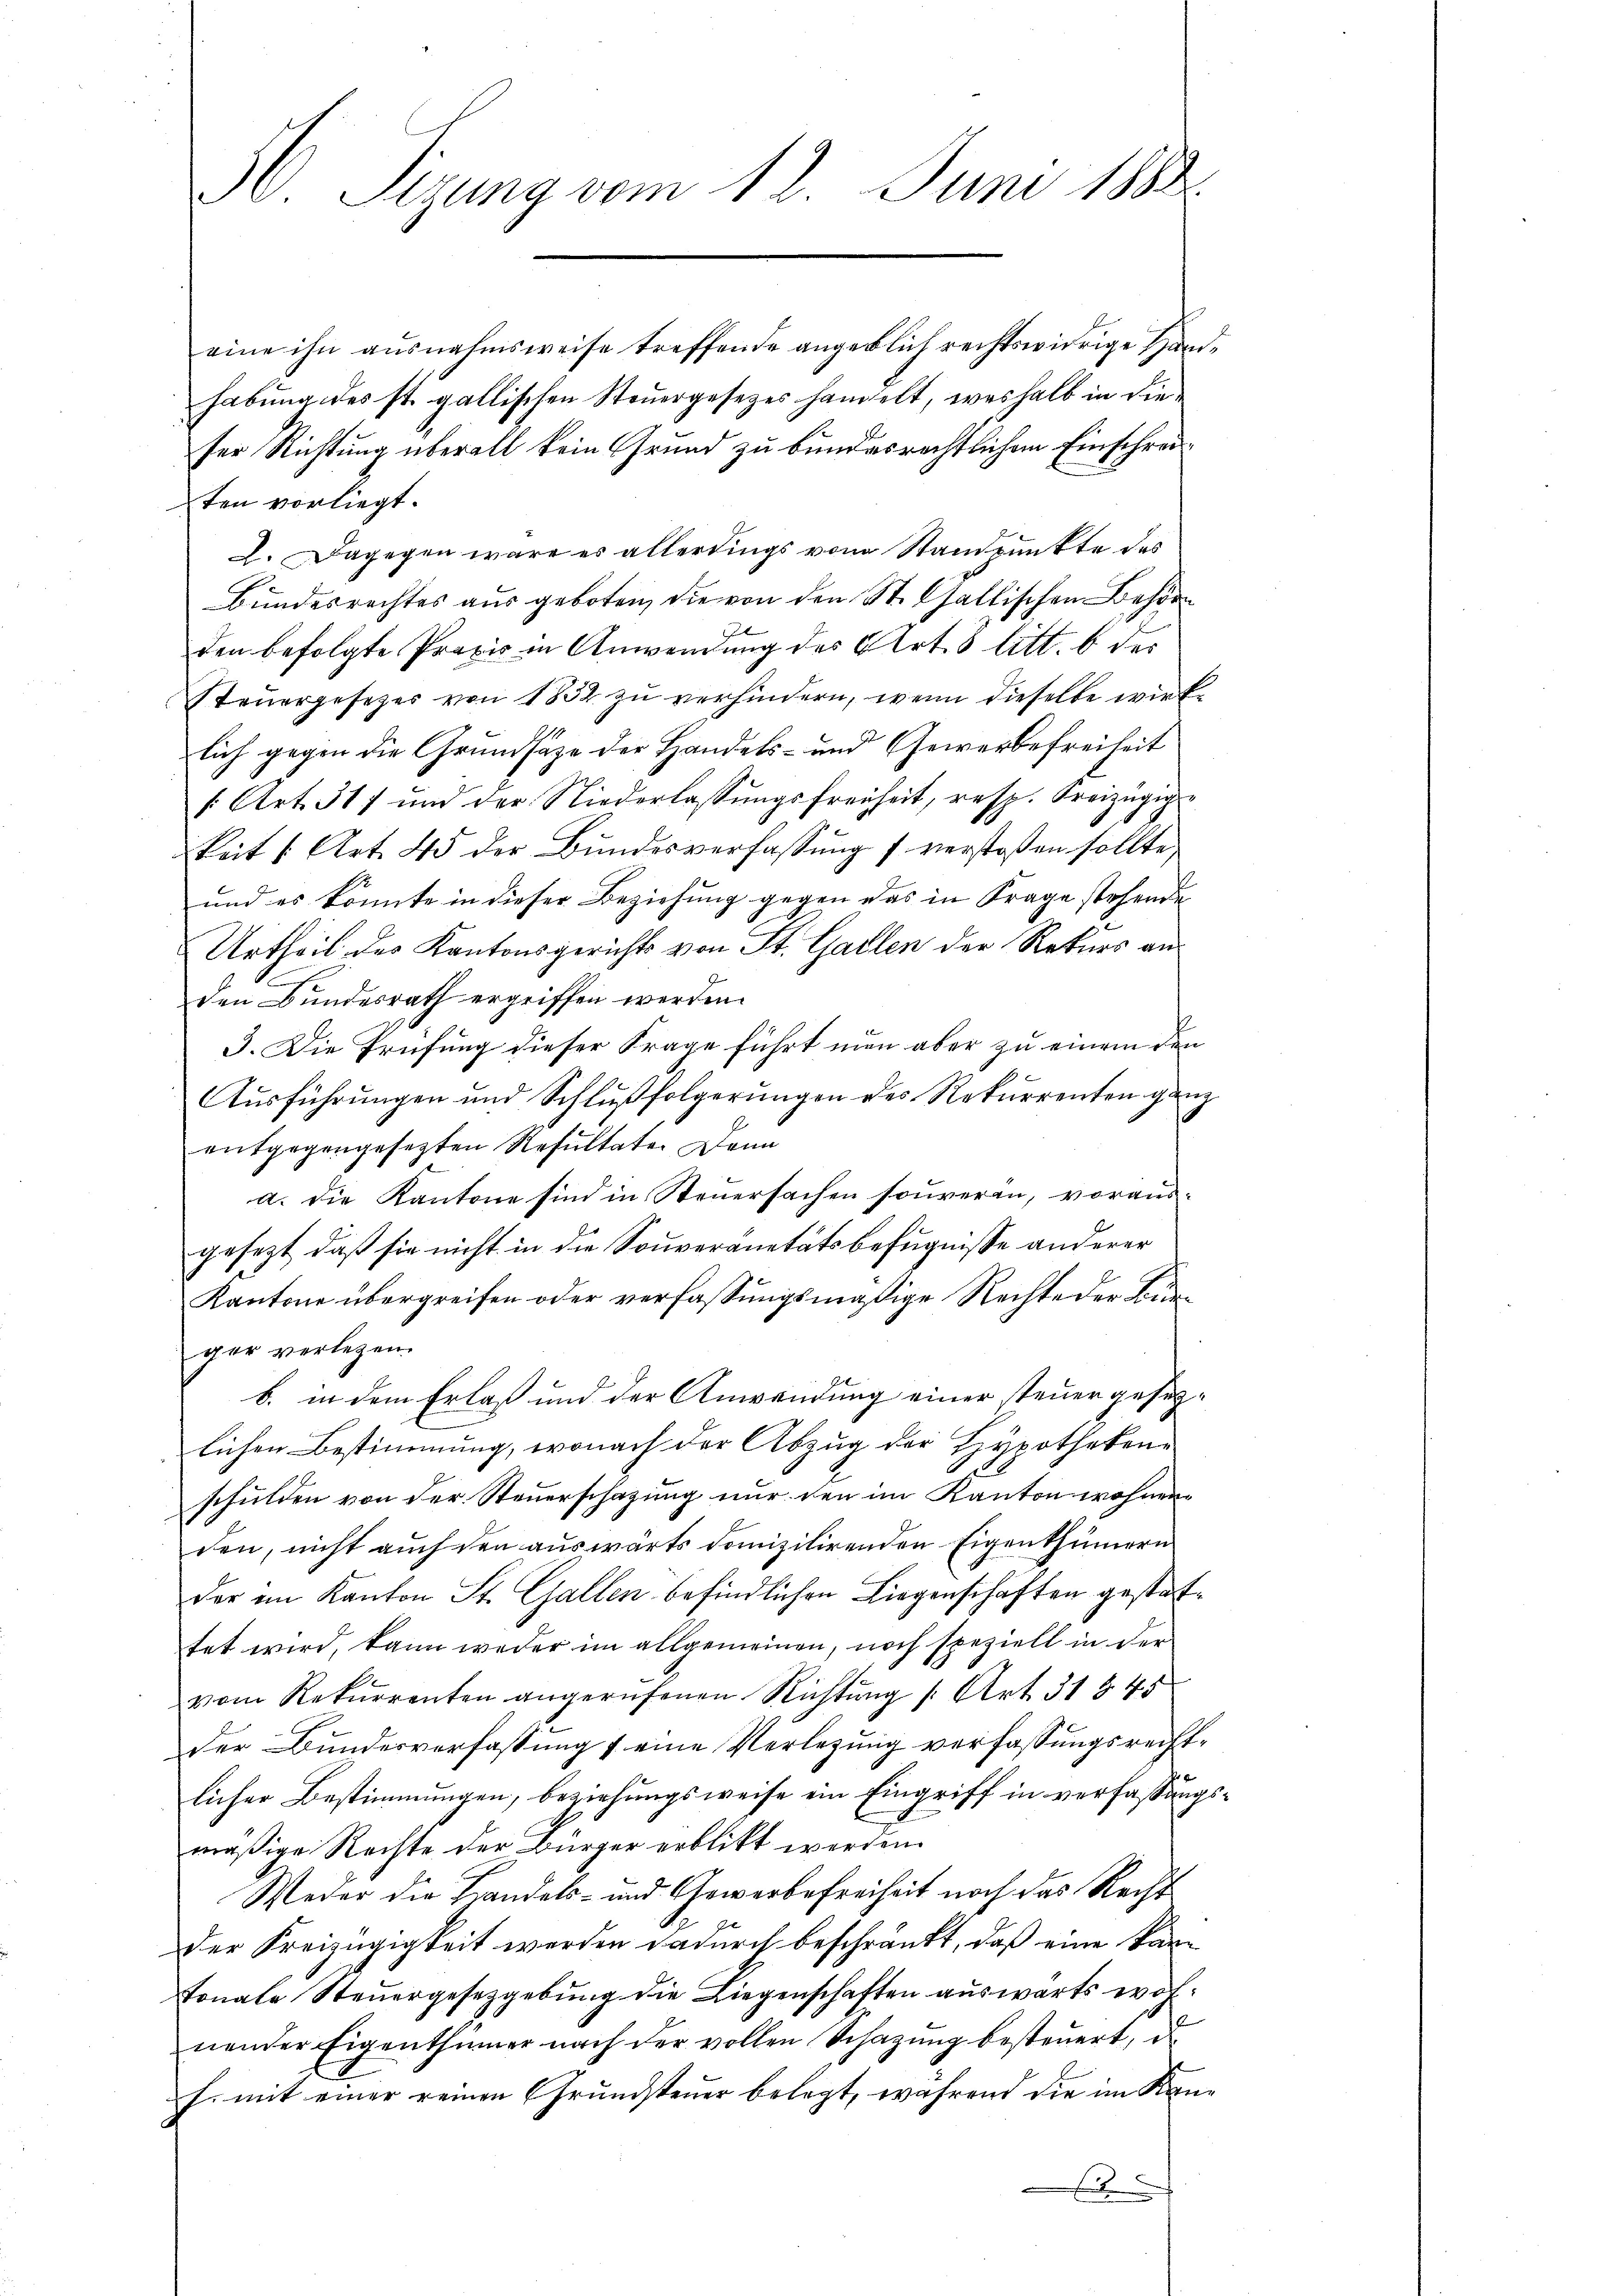
H. Sizung vom 12. Juni 1882

eine ihn ausnahmsweise treffende angeblich rechtswidrige Handhabung des st. gallischen Steuergesetzes handelt, weshalb in die
fer Richtung überall kein Grund zu bundesrechtlichem Einschreiten vorliegt.
2. Dagegen wäre es allerdings vom Standpunkte das
Bundesrechtes aus geboten, die von den St. Gallischen Behör
den befolgte Praxis in Anwendung des Art. 5 litt. b des
Steuergesezes von 1852 zu verhindern, wenn dieselbe wirklich gegen die Grundsätze der Handels- und Gewerbefreiheit
1 Art. 517 und der Niederlassŭngsfreiheit, resp. Kreizügig-
keit 1 Art. 45 der Bundesverfassŭng 7 verstoßen sollte,
und es konnte in dieser Beziehung gegen das in Frage stehende
Urtheil des Kantonsgerichts von St. Gallen der Rekurs anden Bundesrath ergriffen werden.
3. Die Prüfung dieser Frage führt nun aber zu einem den
Ausführungen und Schlußfolgerungen des Rekurrenten ganz
entgegengesezten Resultate. Dann
a. Die Kantone sind in Steuersachen souveran, vorausgesezt, daß sie nicht in die Souveranetätsbefugnisse anderer
Kantone übergreifen oder verfassungsmäßige Rechte der Beger verlegen.
b. in dem Erlaß und der Anwendung einer teuergesezlichen Bestimmung, wonach der Abzug der Hypothekenschulden von der Steuerschazung nur den im Kanton wohnenden, nicht auch den auswärts domizilirenden Eigenthümern
der im Kanton St. Gallen befindlichen Liegenschaften gestattet wird, kann weder im allgemeinen, noch speziell in der
vom Rekurrenten angerufenen Richtŭng Art. 31 § 45
der Bundesverfassung 7 eine Verlegung verfassungsrechtlicher Bestimmungen, beziehungsweise ein Eingriff in verfassungsmäßige Rechte der Bürger erblickt werden.
Weder die Handels- und Gewerbefreiheit noch das Recht
Der Kreizügigkeit werden dadurch beschränkt, daß eine kantonale Steuergesetzgebung die Liegenschaften auswärts wohnender Eigenthümer nach der vollen Schazung besteuert, de
f. mit einer reinen Grundsteuer belegt, während die im Kan¬